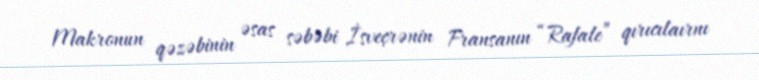
Makronun qəzəbinin əsas səbəbi İsveçrənin Fransanın “Rafale” qırıcılaırnı